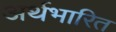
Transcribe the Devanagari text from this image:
अर्थभारित